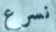
نسرع